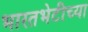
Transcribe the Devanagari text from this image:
भारतभेटीच्या